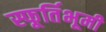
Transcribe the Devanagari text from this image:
स्फूर्तिभूमी